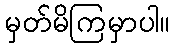
မှတ်မိကြမှာပါ။